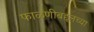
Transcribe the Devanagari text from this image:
फाळणीबद्दलच्या